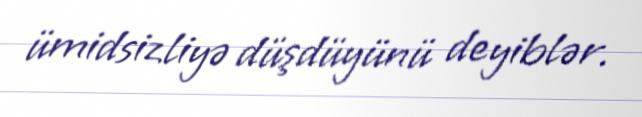
ümidsizliyə düşdüyünü deyiblər.